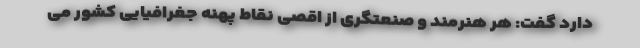
دارد گفت: هر هنرمند و صنعتگری از اقصی نقاط پهنه جغرافیایی کشور می